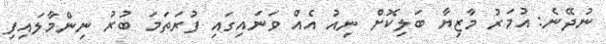
ނުދޭނެ: އުމަރު މާޒިޔާ ބަލިކޮށް ނިއު އެއް ވަނައިގައި ފުރަތަމަ ބުރު ނިންމާލައިފި